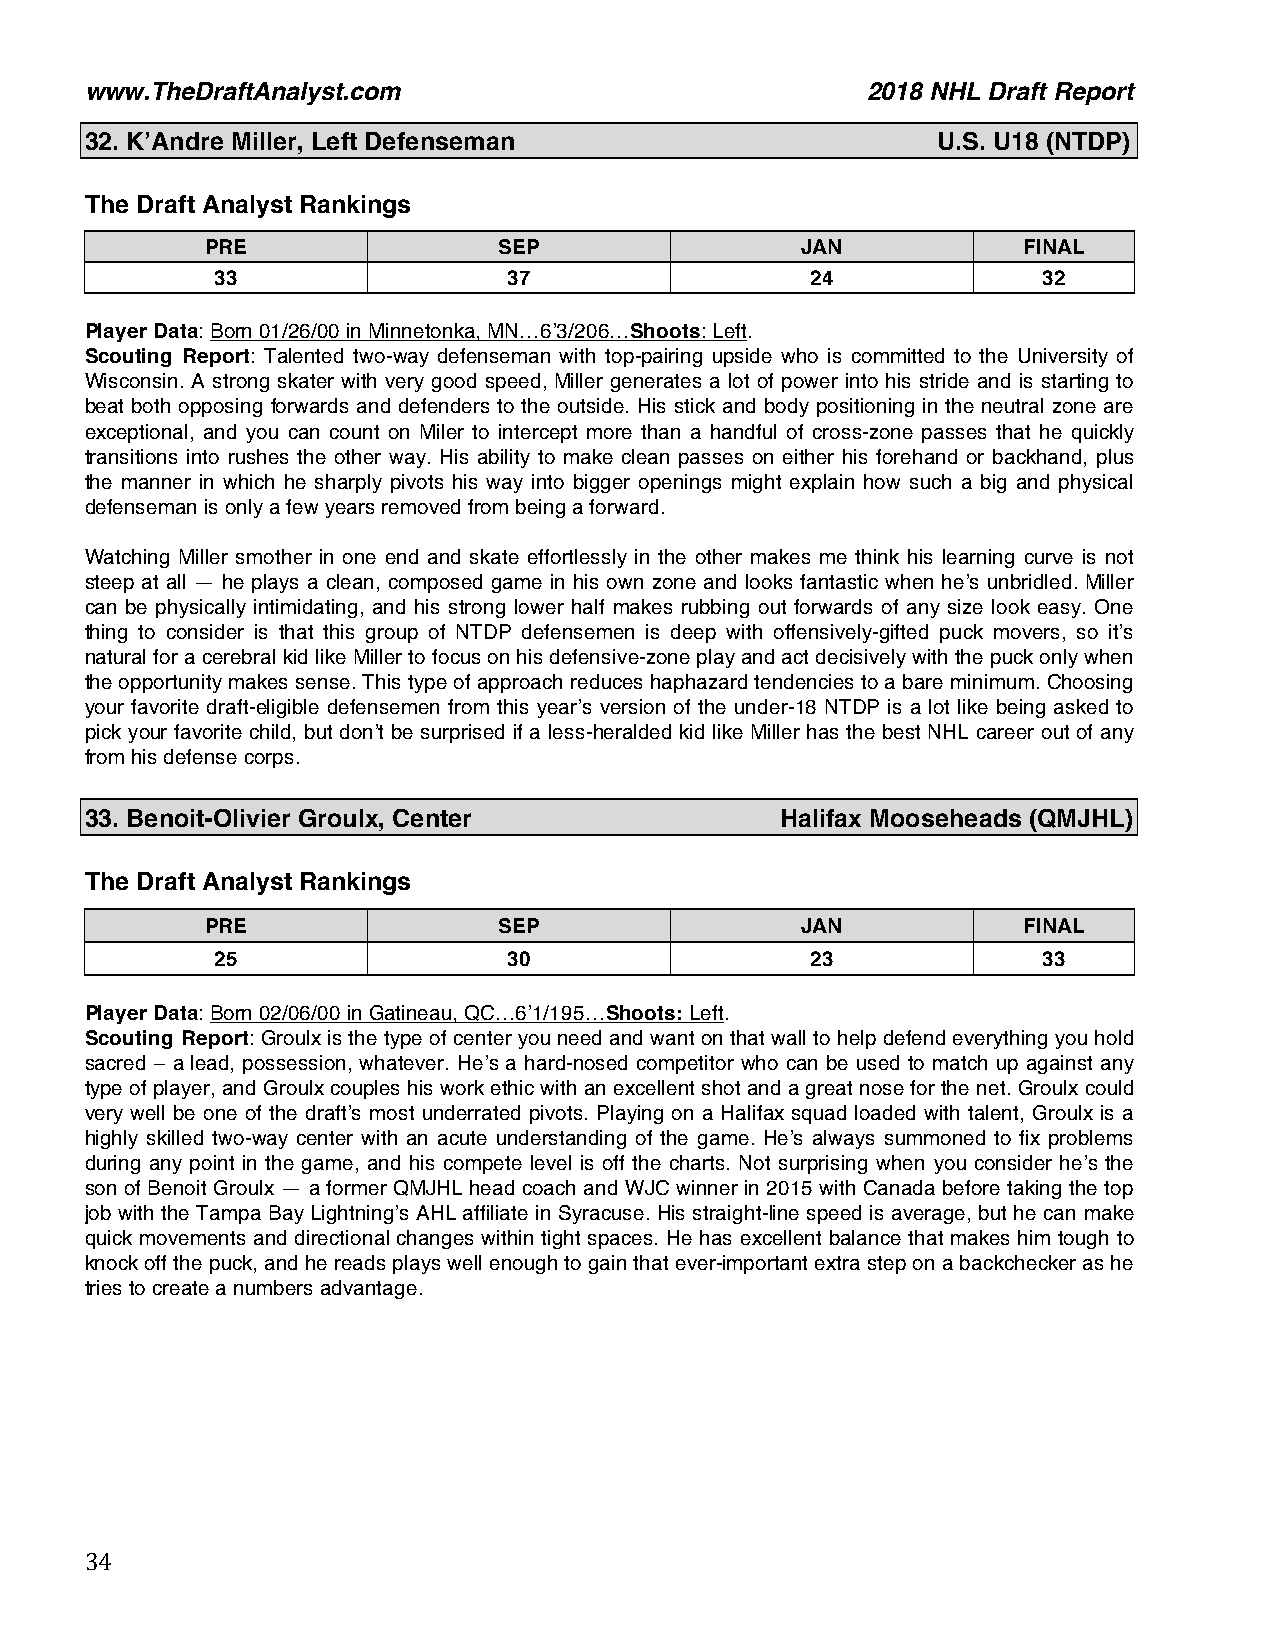
www.TheDraftAnalyst.com                            2018 NHL Draft Report
 32. K’Andre Miller, Left Defenseman                     U.S. U18 (NTDP)
 The Draft Analyst Rankings
 PRE                SEP                 JAN            FINAL
 33                  37                  24             32
 Player Data: Born 01/26/00 in Minnetonka, MN…6’3/206…Shoots: Left.
 Scouting Report: Talented two-way defenseman with top-pairing upside who is committed to the University of
 Wisconsin. A strong skater with very good speed, Miller generates a lot of power into his stride and is starting to
 beat both opposing forwards and defenders to the outside. His stick and body positioning in the neutral zone are
 exceptional, and you can count on Miler to intercept more than a handful of cross-zone passes that he quickly
 transitions into rushes the other way. His ability to make clean passes on either his forehand or backhand, plus
 the manner in which he sharply pivots his way into bigger openings might explain how such a big and physical
 defenseman is only a few years removed from being a forward.
 Watching Miller smother in one end and skate effortlessly in the other makes me think his learning curve is not
 steep at all — he plays a clean, composed game in his own zone and looks fantastic when he’s unbridled. Miller
 can be physically intimidating, and his strong lower half makes rubbing out forwards of any size look easy. One
 thing to consider is that this group of NTDP defensemen is deep with offensively-gifted puck movers, so it’s
 natural for a cerebral kid like Miller to focus on his defensive-zone play and act decisively with the puck only when
 the opportunity makes sense. This type of approach reduces haphazard tendencies to a bare minimum. Choosing
 your favorite draft-eligible defensemen from this year’s version of the under-18 NTDP is a lot like being asked to
 pick your favorite child, but don’t be surprised if a less-heralded kid like Miller has the best NHL career out of any
 from his defense corps.
 33. Benoit-Olivier Groulx, Center             Halifax Mooseheads (QMJHL)
 The Draft Analyst Rankings
 PRE                SEP                 JAN            FINAL
 25                  30                  23             33
 Player Data: Born 02/06/00 in Gatineau, QC…6’1/195…Shoots: Left.
 Scouting Report: Groulx is the type of center you need and want on that wall to help defend everything you hold
 sacred – a lead, possession, whatever. He’s a hard-nosed competitor who can be used to match up against any
 type of player, and Groulx couples his work ethic with an excellent shot and a great nose for the net. Groulx could
 very well be one of the draft’s most underrated pivots. Playing on a Halifax squad loaded with talent, Groulx is a
 highly skilled two-way center with an acute understanding of the game. He’s always summoned to fix problems
 during any point in the game, and his compete level is off the charts. Not surprising when you consider he’s the
 son of Benoit Groulx — a former QMJHL head coach and WJC winner in 2015 with Canada before taking the top
 job with the Tampa Bay Lightning’s AHL affiliate in Syracuse. His straight-line speed is average, but he can make
 quick movements and directional changes within tight spaces. He has excellent balance that makes him tough to
 knock off the puck, and he reads plays well enough to gain that ever-important extra step on a backchecker as he
 tries to create a numbers advantage.
 34